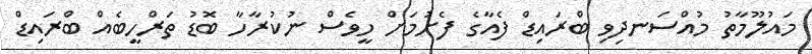
މައުލޫމާތު މުއްސަނދިވި ބްރައިޑް ފެއާގެ ފެށުމަށް ހީވެސް ނުކުރާހާ ބޮޑު ތަރްހީބެއް ބްރައިޑް